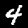
Digit: 4